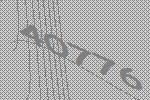
40776